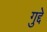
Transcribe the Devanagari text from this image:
गुद्दे